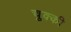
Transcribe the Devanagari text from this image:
चुक्की